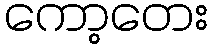
ကော့တေး